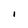
Character: I